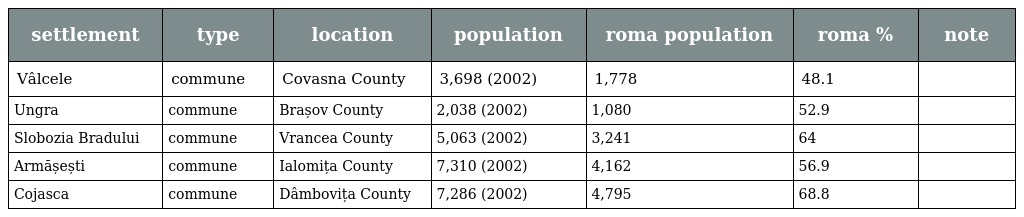
| settlement | type | location | population | roma population | roma % | note |
 | --- | --- | --- | --- | --- | --- | --- |
 | Vâlcele | commune | Covasna County | 3,698 (2002) | 1,778 | 48.1 |  |
 | Ungra | commune | Brașov County | 2,038 (2002) | 1,080 | 52.9 |  |
 | Slobozia Bradului | commune | Vrancea County | 5,063 (2002) | 3,241 | 64 |  |
 | Armășești | commune | Ialomița County | 7,310 (2002) | 4,162 | 56.9 |  |
 | Cojasca | commune | Dâmbovița County | 7,286 (2002) | 4,795 | 68.8 |  |